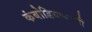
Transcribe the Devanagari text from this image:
कंबोडियावरची